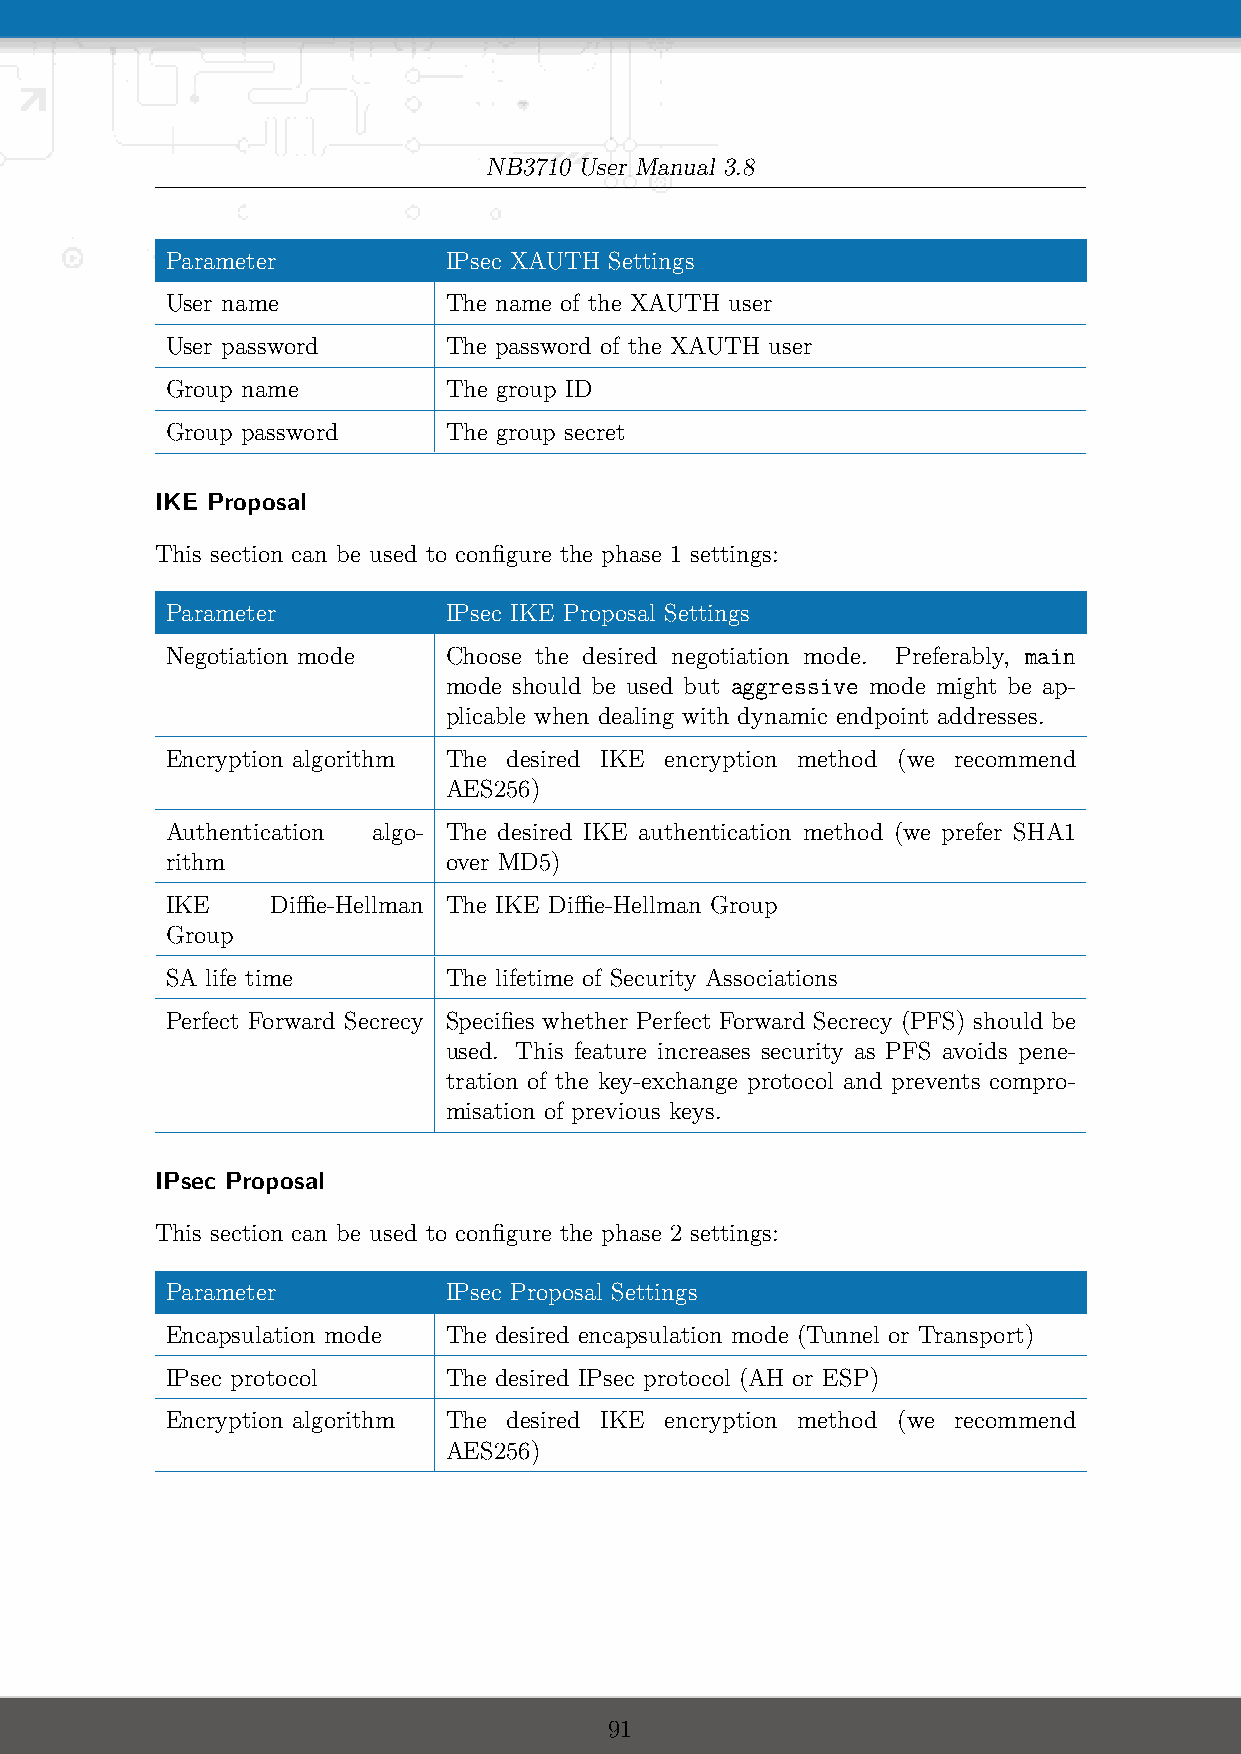
NB3710 User Manual 3.8
 Parameter         IPsec XAUTH Settings
 User name         The name of the XAUTH user
 User password     The password of the XAUTH user
 Group name        The group ID
 Group password    The group secret
 IKE Proposal
 This section can be used to configure the phase 1 settings:
 Parameter         IPsec IKE Proposal Settings
 Negotiation mode  Choose the desired negotiation mode. Preferably, main
 mode should be used but aggressive mode might be ap-
 plicable when dealing with dynamic endpoint addresses.
 Encryption algorithm The desired IKE encryption method (we recommend
 AES256)
 Authentication algo- The desired IKE authentication method (we prefer SHA1
 rithm             over MD5)
 IKE    Diffie-Hellman The IKE Diffie-Hellman Group
 Group
 SA life time      The lifetime of Security Associations
 Perfect Forward Secrecy Specifies whether Perfect Forward Secrecy (PFS) should be
 used. This feature increases security as PFS avoids pene-
 tration of the key-exchange protocol and prevents compro-
 misation of previous keys.
 IPsec Proposal
 This section can be used to configure the phase 2 settings:
 Parameter         IPsec Proposal Settings
 Encapsulation mode The desired encapsulation mode (Tunnel or Transport)
 IPsec protocol    The desired IPsec protocol (AH or ESP)
 Encryption algorithm The desired IKE encryption method (we recommend
 AES256)
 91